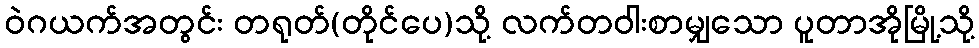
ဝဲဂယက်အတွင်း တရုတ်(တိုင်ပေ)သို့ လက်တဝါးစာမျှသော ပူတာအိုမြို့သို့